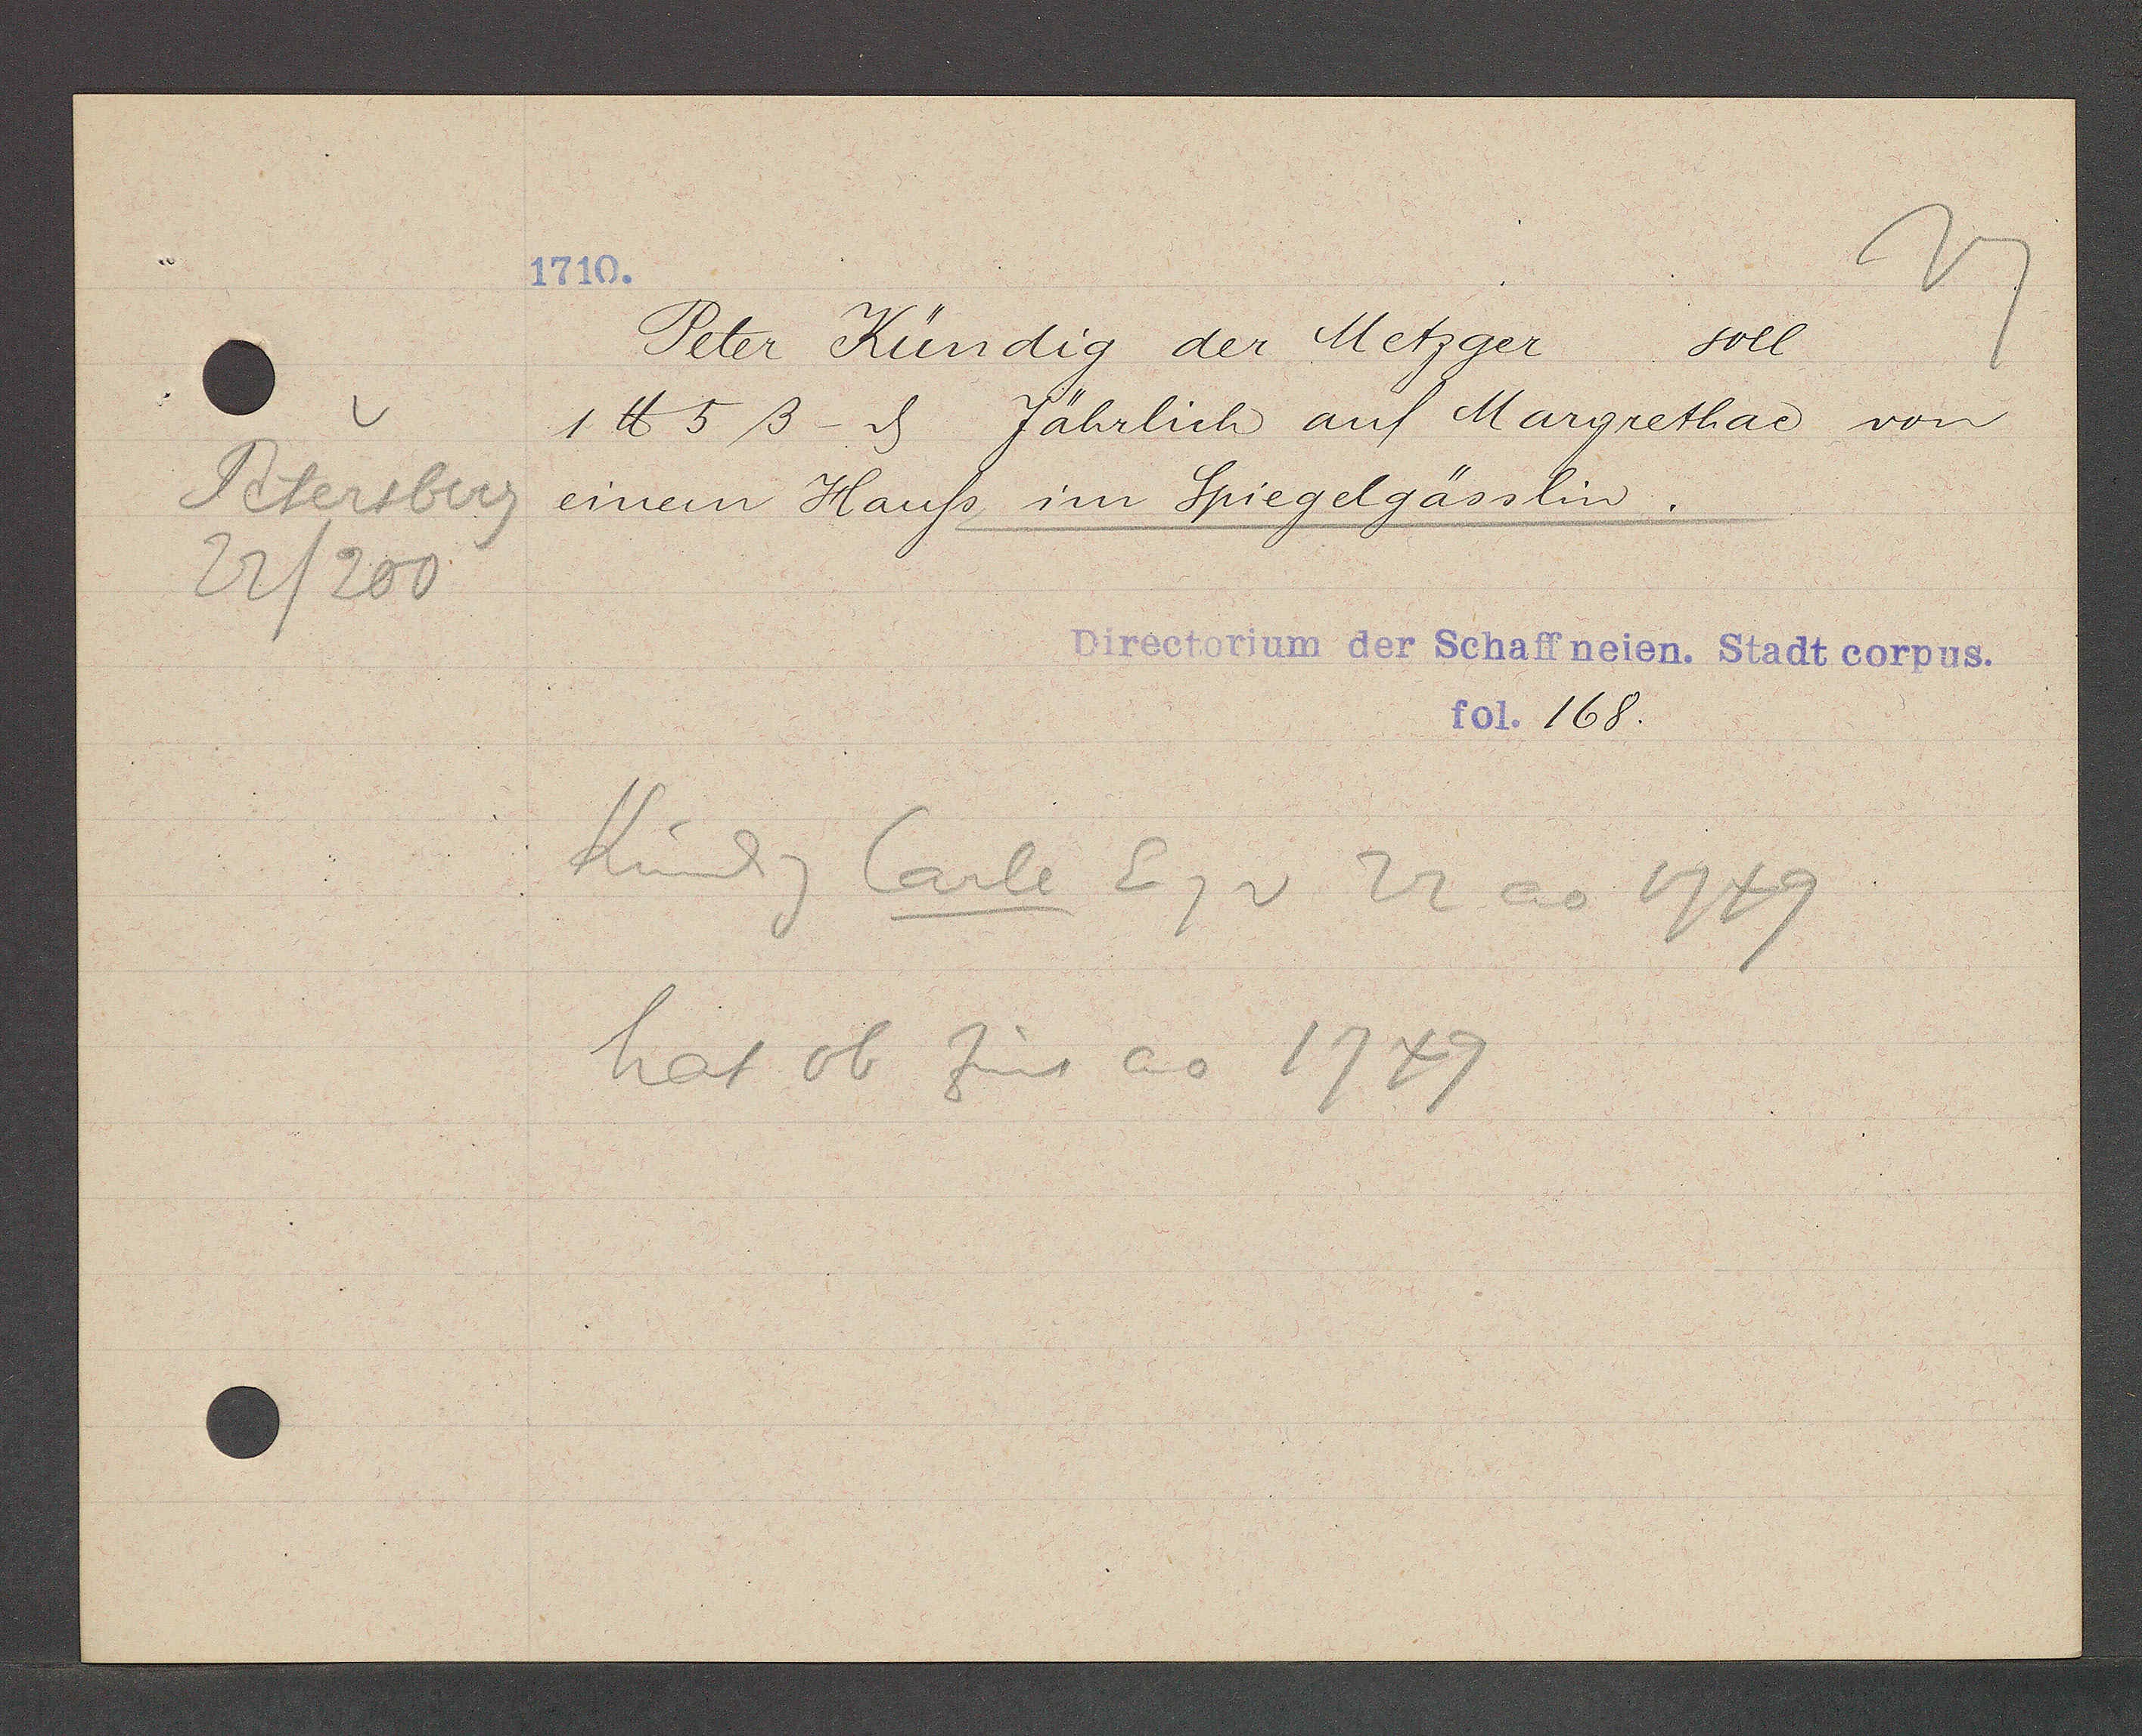
Transcript:
Petersberg
22/200

1710.

Peter Kündig der Metzger
soll
1 ℔ 5 ß - ȡ Jährlich auf Margrethae von
einem Hauss im Spiegelgässlin.

Kindg Carle Eg v 22 ao 1749
hat ob Zins ao 1749

Directorium der Schaffneien. Stadt corpus.
fol. 168.